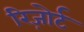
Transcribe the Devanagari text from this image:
रिज़ोर्ट